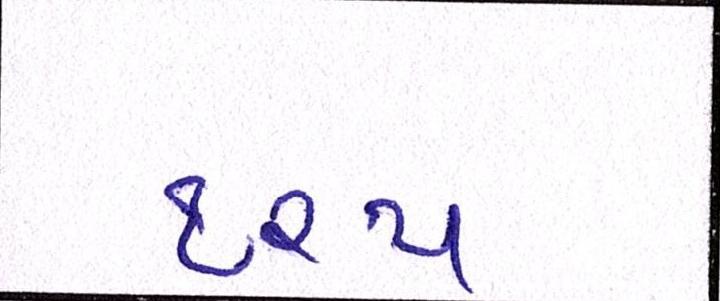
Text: ૧૨૫